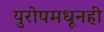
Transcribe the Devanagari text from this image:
युरोपमधूनही